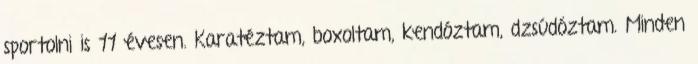
sportolni is 11 évesen. Karatéztam, boxoltam, kendóztam, dzsúdóztam. Minden